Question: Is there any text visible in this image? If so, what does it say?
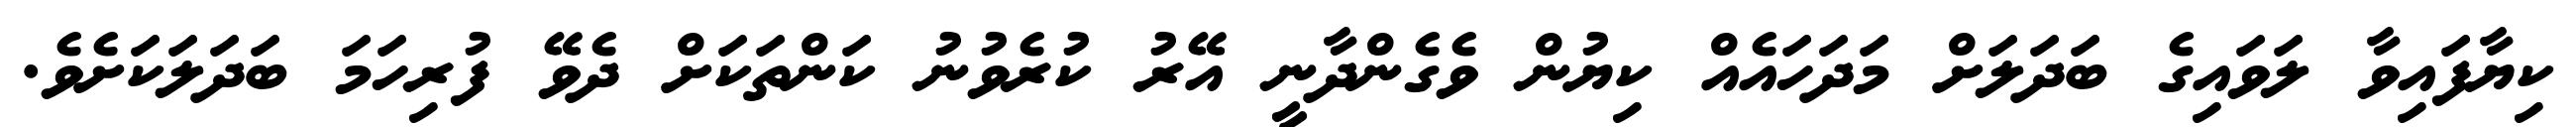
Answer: ކިޔާފައިވާ ލަވައިގެ ބަދަލަށް މަދަހައެއް ކިޔުން ވެގެންދާނީ އޭރު ކުރެވުނު ކަންތަކަށް ދެވޭ ފުރިހަމަ ބަދަލަކަށެވެ.